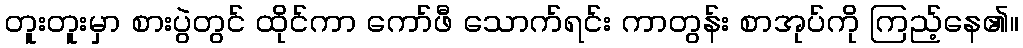
တူးတူးမှာ စားပွဲတွင် ထိုင်ကာ ကော်ဖီ သောက်ရင်း ကာတွန်း စာအုပ်ကို ကြည့်နေ၏။